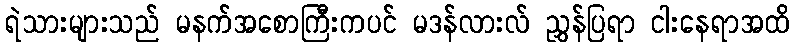
ရဲသားများသည် မနက်အစောကြီးကပင် မဒန်လားလ် ညွှန်ပြရာ ငါးနေရာအထိ